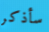
سأذكر